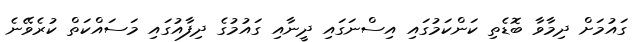
ގައުމަށް ދިމާވާ ބޮޑެތި ކަންކަމުގައި އިސްނަގައި ދީނާއި ގައުމުގެ ދިފާއުގައި މަސައްކަތް ކުރެވޭނެ